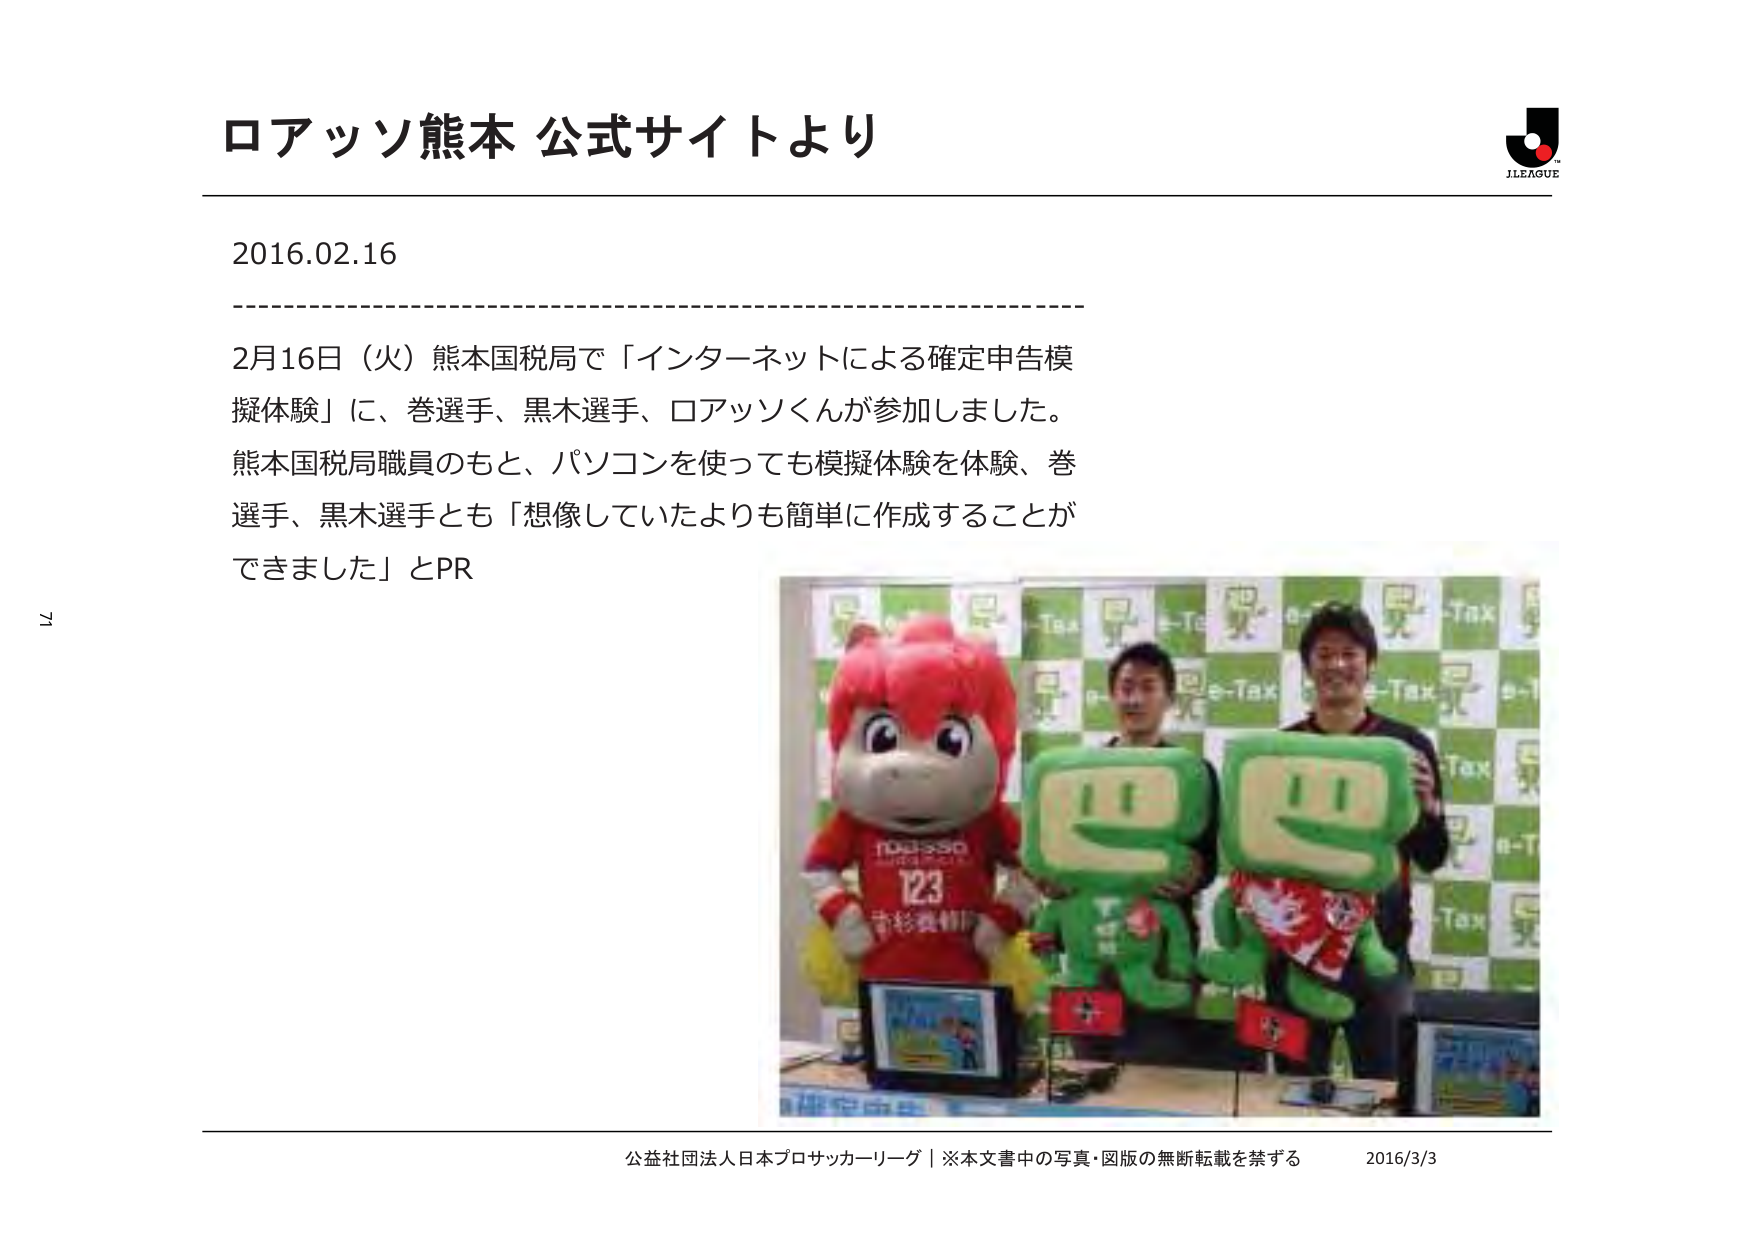
ロアッソ熊本 公式サイトより

2016.02.16

2月16日（火）熊本国税局で「インターネットによる確定申告模擬体験」に、巻選手、黒木選手、ロアッソくんが参加しました。熊本国税局職員のもと、パソコンを使っても模擬体験を体験、巻選手、黒木選手とも「想像していたよりも簡単に作成することができました」とPR

J.LEAGUE

e-Tax

100-550
123
青杉製帽

公益社団法人日本プロサッカーリーグ｜※本文書中の写真・図版の無断転載を禁ずる 2016/3/3